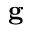
{ \bf g }